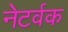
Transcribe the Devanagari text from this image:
नेटर्वक